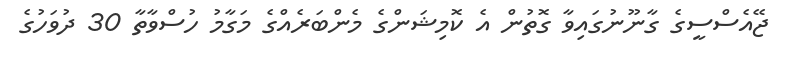
ޖޭއެސްސީގެ ގާނޫނުގައިވާ ގޮތުން އެ ކޮމިޝަންގެ މެންބަރެއްގެ މަގާމު ހުސްވާތާ 30 ދުވަހުގެ